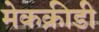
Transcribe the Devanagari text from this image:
मेकक्रीडी